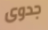
جدوى